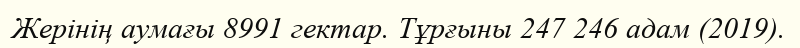
Жерінің аумағы 8991 гектар. Тұрғыны 247 246 адам (2019).